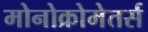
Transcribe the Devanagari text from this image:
मोनोक्रोमेतर्स